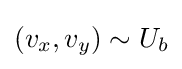
(v_{x},v_{y})\sim U_{b}